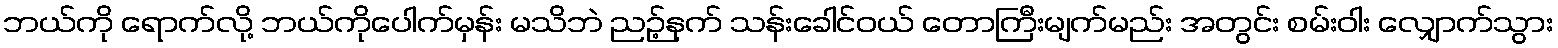
ဘယ်ကို ရောက်လို့ ဘယ်ကိုပေါက်မှန်း မသိဘဲ ညဉ့်နက် သန်းခေါင်ဝယ် တောကြီးမျက်မည်း အတွင်း စမ်းဝါး လျှောက်သွား